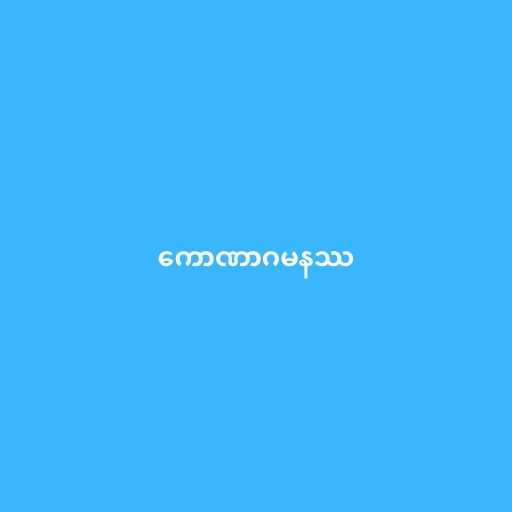
ကောဏာဂမနဿ